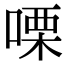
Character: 㗚